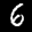
Label: 6